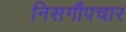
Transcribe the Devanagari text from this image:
निसर्गौपचार